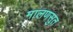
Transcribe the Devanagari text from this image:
मालणसुत